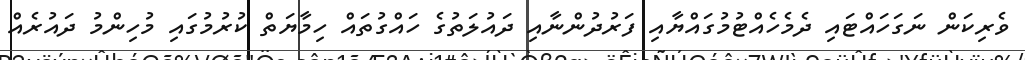
ވެރިކަން ނަގަހައްޓައި ދެމެހެއްޓުމުގައްޔާއި ފަރުދުންނާއި ދައުލަތުގެ ހައްގުތައް ހިމާޔަތް ކުރުމުގައި މުހިންމު ދައުރެއް